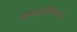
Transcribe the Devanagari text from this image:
जहाजांविरुद्ध